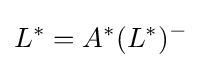
L^{*}=A^{*}(L^{*})^{-}